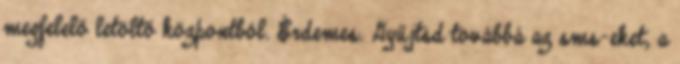
megfelelő letöltő központból. Érdemes. Gyűjtsd továbbá az sms-eket, a